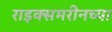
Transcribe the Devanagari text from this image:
राइक्समरीनच्या